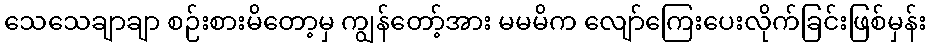
သေသေချာချာ စဉ်းစားမိတော့မှ ကျွန်တော့်အား မမမိက လျော်ကြေးပေးလိုက်ခြင်းဖြစ်မှန်း